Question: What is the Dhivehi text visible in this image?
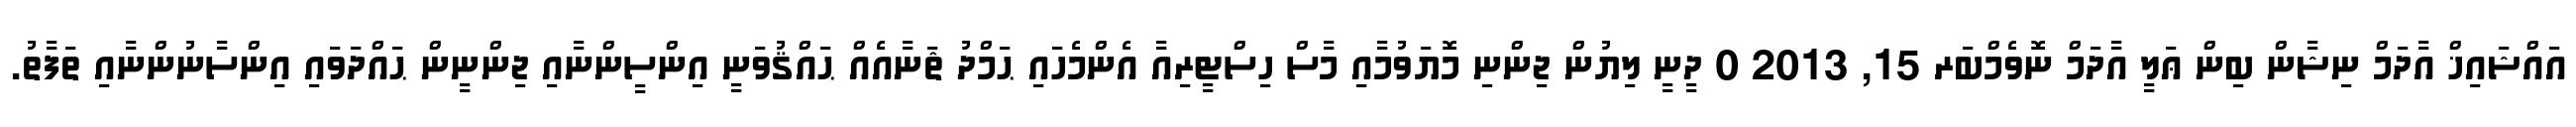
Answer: އައްޝައިޚް އާދަމް ނިޝާން ބިން ޢަލީ އާދަމް ނޮވެމްބަރ 15, 2013 0 ދީނީ ލިޔުން ޖިންނި މޮޔަވުމާއި މާސް ހިސްޓީރިއާ އެންމެހައި ޙަމްދު ޘަނާއެއް ޙައްޤުވަނީ އިންސީންނާއި ޖިންނީން ޙައްދަވައި އިންސާނުންނާއި ތަފާތު.